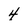
Character: 4